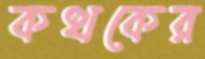
কত্থকের